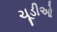
ચૂડીઓ